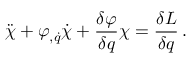
\ddot { \chi } + \varphi _ { , \dot { q } } \dot { \chi } + { \frac { \delta \varphi } { \delta q } } \chi = { \frac { \delta { L } } { \delta q } } \, .